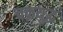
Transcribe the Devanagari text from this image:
चक्रयुद्ध